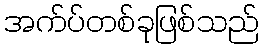
အက်ပ်တစ်ခုဖြစ်သည်